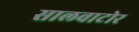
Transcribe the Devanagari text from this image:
सालवाटोर